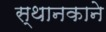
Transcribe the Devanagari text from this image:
स्थानकाने